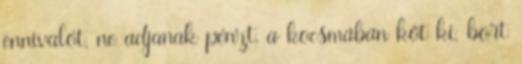
ennivalót, ne adjanak pénzt, a kocsmában köt ki, bort